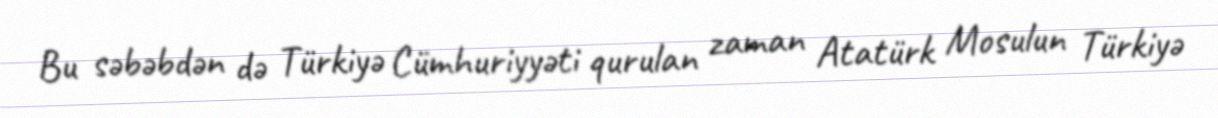
Bu səbəbdən də Türkiyə Cümhuriyyəti qurulan zaman Atatürk Mosulun Türkiyə